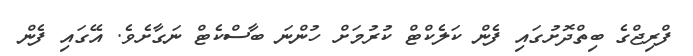
ފްރިޖްގެ ބިތްދޮށުގައި ފެން ކަލެކްޓް ކުރުމަށް ހުންނަ ބާސްކެޓް ނަގާށެވެ. އޭގައި ފެން